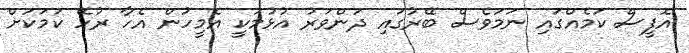
އޮފީސް ކަމެއްގައި ނަމަވެސް ބޭރުގައި ދަންވަރު އުޅުމަކީ އެމީހުން އެހާ ރުހޭ ކަމަކަށް